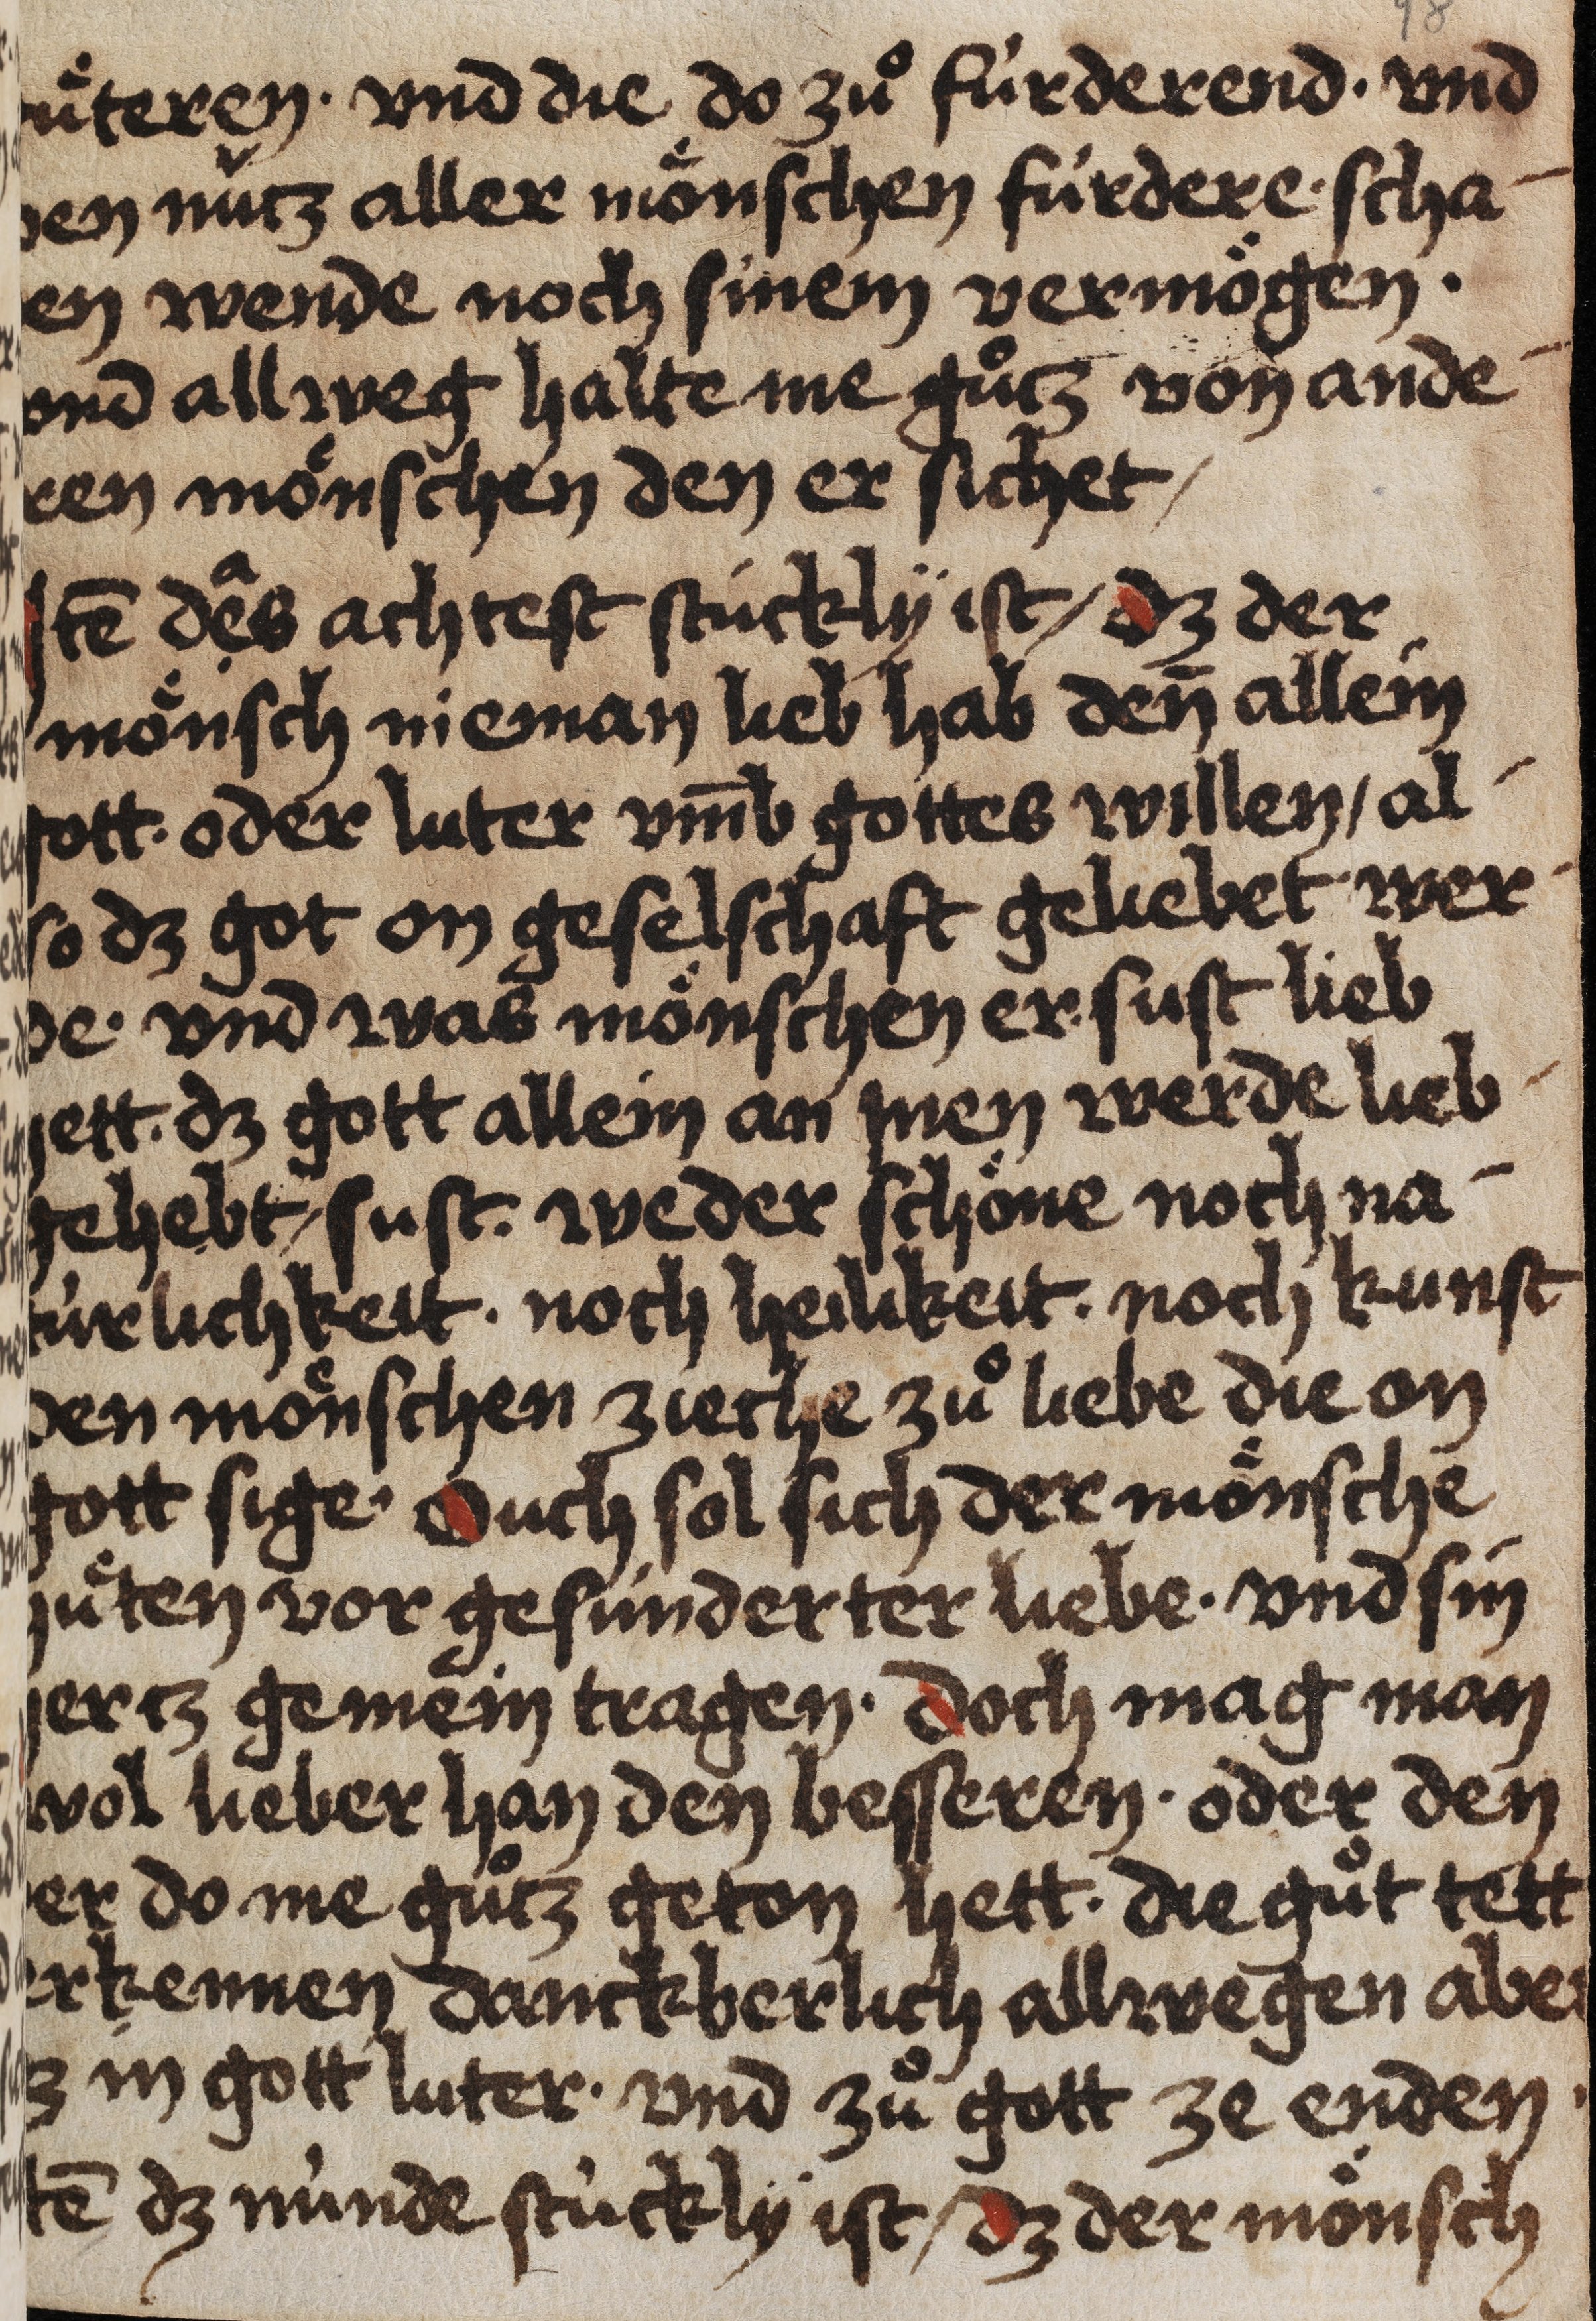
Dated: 1475–1499